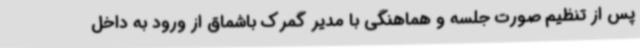
پس از تنظیم صورت جلسه و هماهنگی با مدیر گمرک باشماق از ورود به داخل